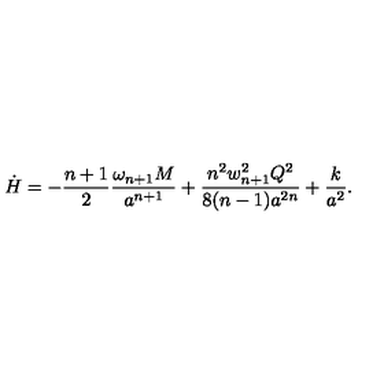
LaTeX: \dot { H } = - { \frac { n + 1 } { 2 } } { \frac { \omega _ { n + 1 } M } { a ^ { n + 1 } } } + { \frac { n ^ { 2 } w _ { n + 1 } ^ { 2 } Q ^ { 2 } } { 8 ( n - 1 ) a ^ { 2 n } } } + { \frac { k } { a ^ { 2 } } } .